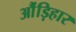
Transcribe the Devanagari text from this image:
औंड़िहार